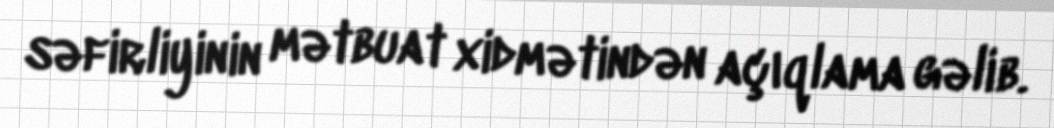
səfirliyinin mətbuat xidmətindən açıqlama gəlib.